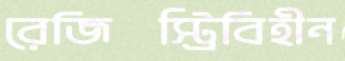
রেজিস্ট্রিবিহীন